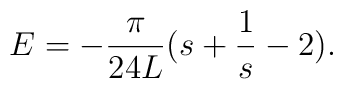
E=-\frac{\pi}{24 L}(s+\frac{1}{s}-2).